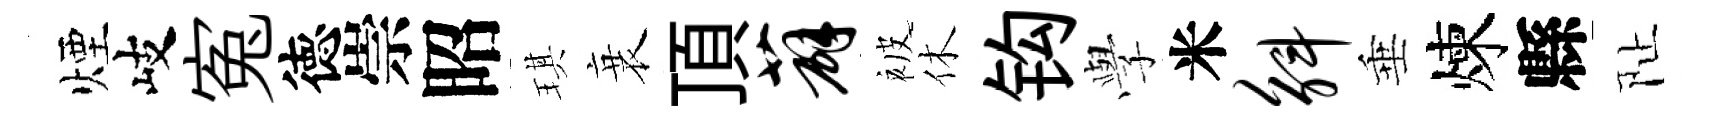
煙岐寃徳崇昭琪衰頂薜被休钩𫝯米斛垂煉縣阯